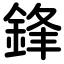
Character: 鋒